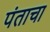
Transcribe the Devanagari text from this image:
पंताचा